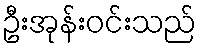
ဦးအုန်းဝင်းသည်